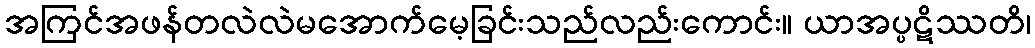
အကြင်အဖန်တလဲလဲမအောက်မေ့ခြင်းသည်လည်းကောင်း။ ယာအပ္ပဋိဿတိ၊